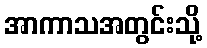
အာကာသအတွင်းသို့